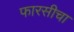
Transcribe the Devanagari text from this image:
फारसीचा